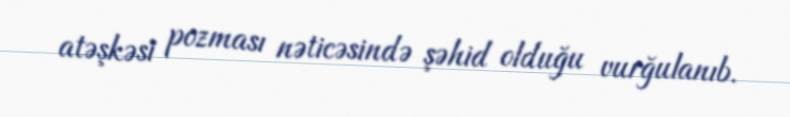
atəşkəsi pozması nəticəsində şəhid olduğu vurğulanıb.